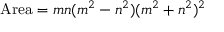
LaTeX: { \mathrm { A r e a } } = m n ( m ^ { 2 } - n ^ { 2 } ) ( m ^ { 2 } + n ^ { 2 } ) ^ { 2 }